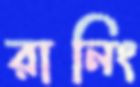
রানিং